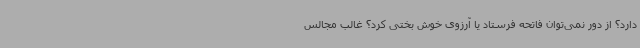
دارد؟ از دور نمی‌توان فاتحه فرستاد یا آرزوی خوش بختی کرد؟ غالب مجالس